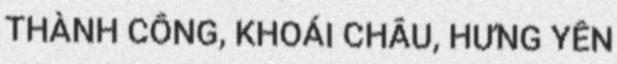
THÀNH CÔNG, KHOÁI CHÂU, HƯNG YÊN